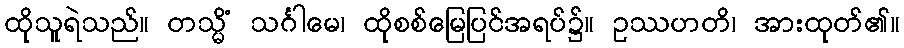
ထိုသူရဲသည်။ တသ္မိံ သင်္ဂါမေ၊ ထိုစစ်မြေပြင်အရပ်၌။ ဥဿဟတိ၊ အားထုတ်၏။